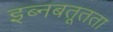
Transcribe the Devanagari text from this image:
इब्नबतूतता